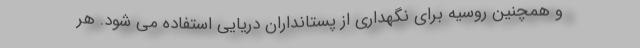
و همچنین روسیه برای نگهداری از پستانداران دریایی استفاده می شود. هر